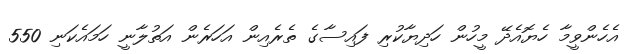
އެހެންވީމާ ހެޔޮއެދޭ މީހުން ހަދިޔާކުރި ފައިސާގެ ތެރެއިން އަހަރެން އަތުލާނީ ހަމައެކަނި 550